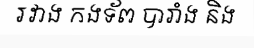
រវាង កងទ័ព បារាំង និង